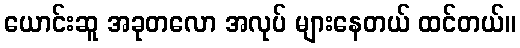
ယောင်းဆူ အခုတလော အလုပ် များနေတယ် ထင်တယ်။